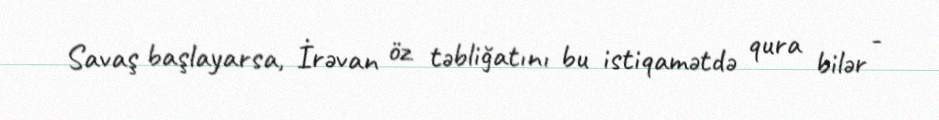
Savaş başlayarsa, İrəvan öz təbliğatını bu istiqamətdə qura bilər -